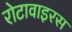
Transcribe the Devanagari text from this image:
रोटावाइरस